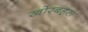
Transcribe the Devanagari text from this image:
खोरबहरा